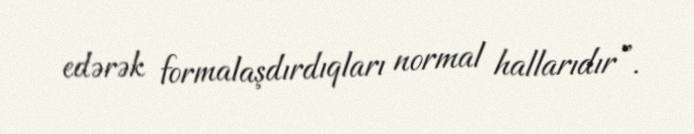
edərək formalaşdırdıqları normal hallarıdır”.